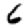
Digit: 6